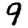
Digit: 9